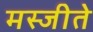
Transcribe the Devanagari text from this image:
मस्जीते